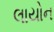
લાયોન